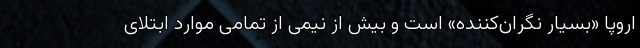
اروپا «بسیار نگران‌کننده» است و بیش از نیمی از تمامی موارد ابتلای